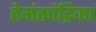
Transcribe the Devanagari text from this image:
हेमंतचंद्रिका